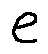
e